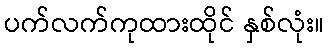
ပက်လက်ကုထားထိုင် နှစ်လုံး။